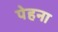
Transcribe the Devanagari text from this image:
पेहना